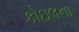
કોઇલના